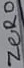
Text: ZERO